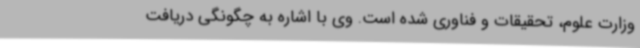
وزارت علوم، تحقیقات و فناوری شده است. وی با اشاره به چگونگی دریافت